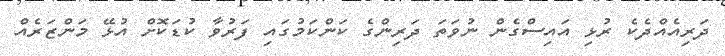
ދަރިއެއްދެކެ ރުޅި އައިސްގެން ނުވަތަ ދަރިންގެ ކަންކަމުގައި ފަރުވާ ކުޑަކޮށް އުޅޭ މަންޒަރެއް